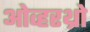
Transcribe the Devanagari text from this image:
ओव्हरथ्रो